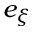
e _ { \xi }